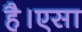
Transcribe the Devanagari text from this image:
है।एसा